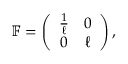
\mathbb F = \left( \begin{array} { c c } { \frac { 1 } { \ell } } & { 0 } \\ { 0 } & { \ell } \end{array} \right) ,